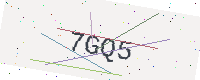
Text: 7GQ5